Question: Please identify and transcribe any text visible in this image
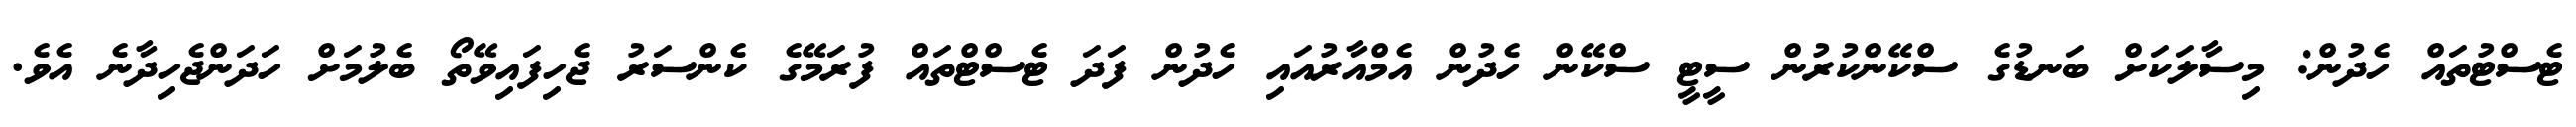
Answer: ޓެސްޓުތައް ހެދުން: މިސާލަކަށް ބަނޑުގެ ސްކޭންކުރުން ސީޓީ ސްކޭން ހެދުން އެމްއާރުއައި ހެދުން ފަދަ ޓެސްޓްތައް ފުރަމޭގެ ކެންސަރު ޖެހިފައިވޭތޯ ބެލުމަށް ހަދަންޖެހިދާނެ އެވެ.